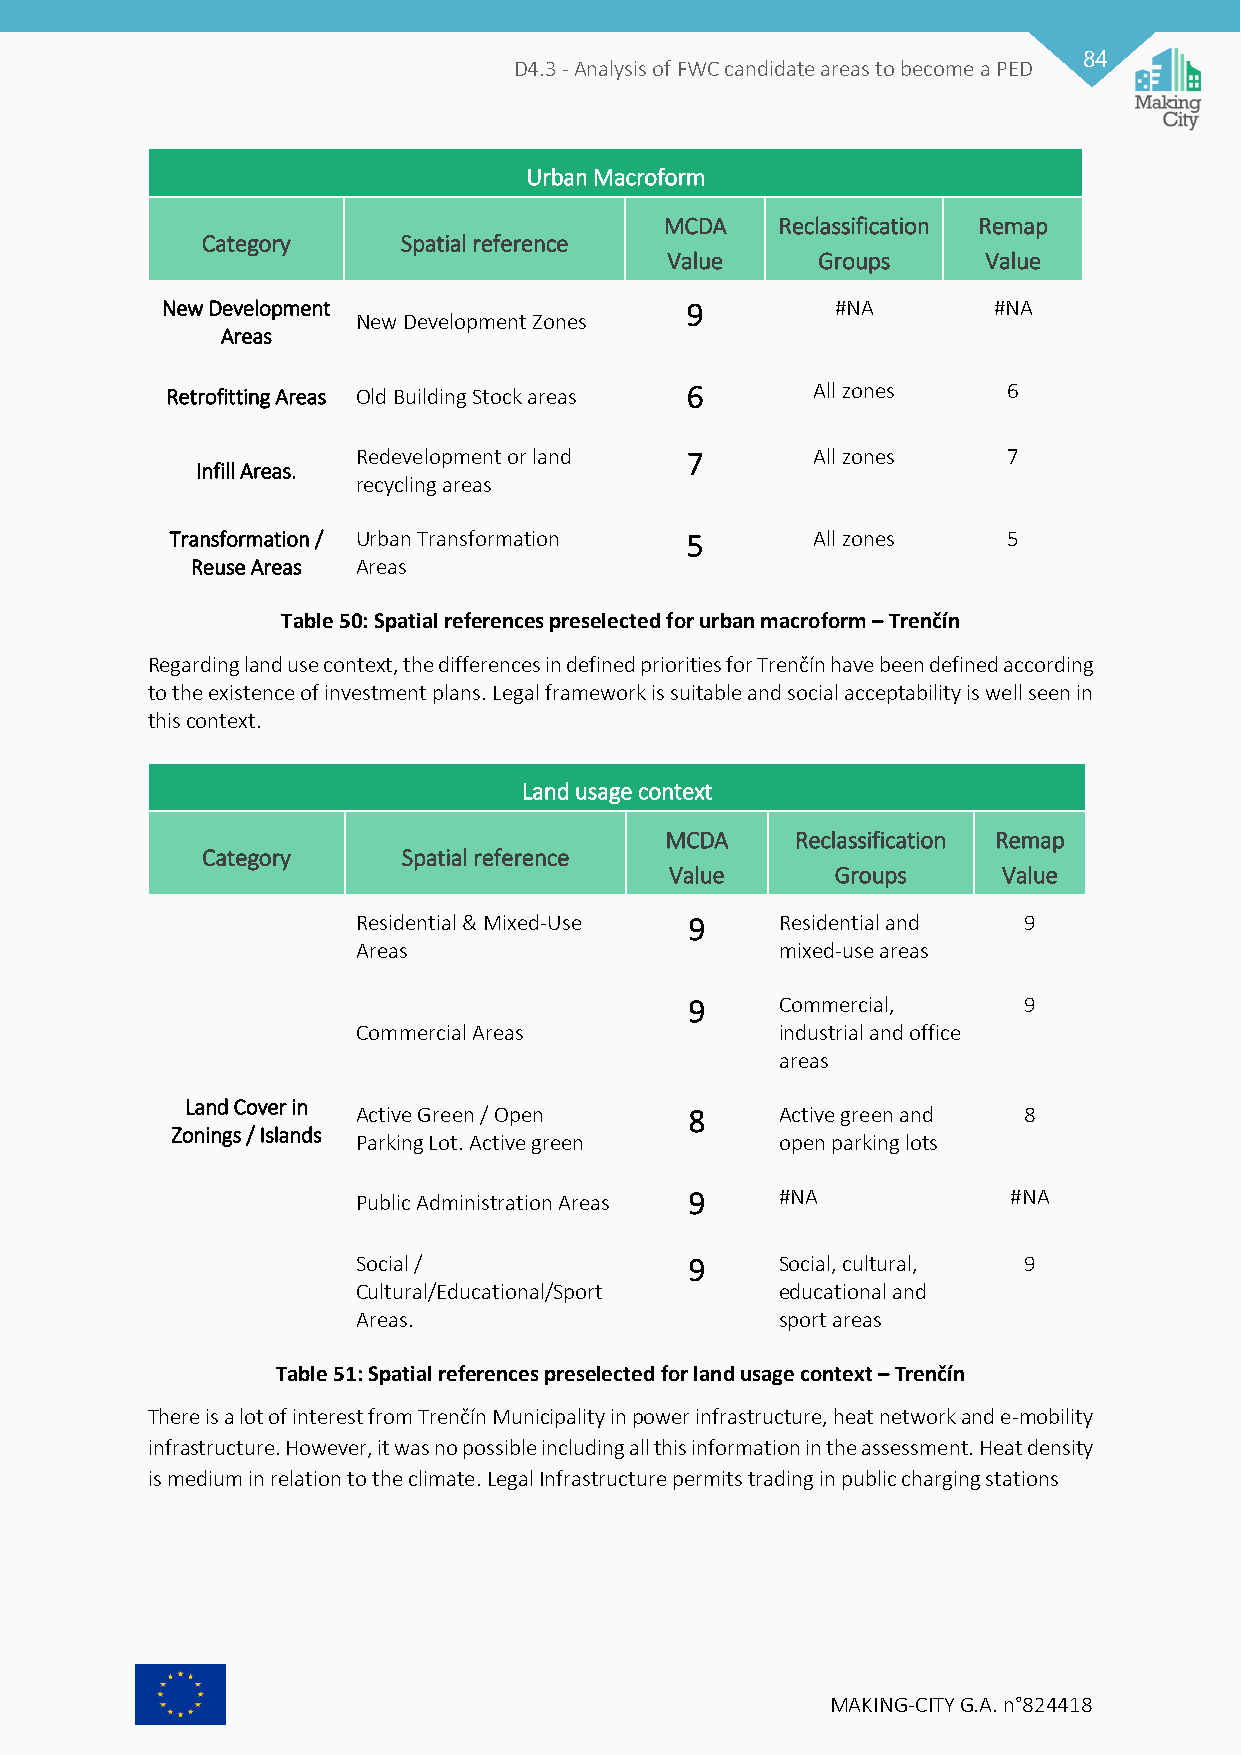
84
 D4.3 - Analysis of FWC candidate areas to become a PED
 Urban Macroform
 MCDA    Reclassification Remap
 Category      Spatial reference
 Value     Groups     Value
 New Development                   9         #NA        #NA
 New Development Zones
 Areas
 Retrofitting Areas Old Building Stock areas 6 All zones 6
 Redevelopment or land 7       All zones    7
 Infill Areas.
 recycling areas
 Transformation / Urban Transformation 5    All zones    5
 Reuse Areas Areas
 Table 50: Spatial references preselected for urban macroform – Trenčín
 Regarding land use context, the differences in defined priorities for Trenčín have been defined according
 to the existence of investment plans. Legal framework is suitable and social acceptability is well seen in
 this context.
 Land usage context
 MCDA     Reclassification Remap
 Category      Spatial reference
 Value      Groups     Value
 Residential & Mixed-Use 9   Residential and 9
 Areas                       mixed-use areas
 9     Commercial,     9
 Commercial Areas            industrial and office
 areas
 Land Cover in
 Active Green / Open   8     Active green and 8
 Zonings / Islands
 Parking Lot. Active green   open parking lots
 Public Administration Areas 9 #NA          #NA
 Social /              9     Social, cultural, 9
 Cultural/Educational/Sport  educational and
 Areas.                      sport areas
 Table 51: Spatial references preselected for land usage context – Trenčín
 There is a lot of interest from Trenčín Municipality in power infrastructure, heat network and e-mobility
 infrastructure. However, it was no possible including all this information in the assessment. Heat density
 is medium in relation to the climate. Legal Infrastructure permits trading in public charging stations
 MAKING-CITY G.A. n°824418